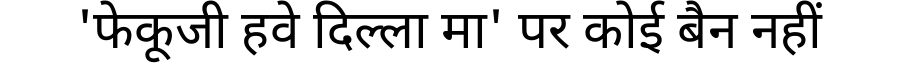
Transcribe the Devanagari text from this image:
'फेकूजी हवे दिल्ला मा' पर कोई बैन नहीं